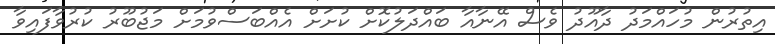
އިތުރުން މުހައްމަދު ދާއޫދު ވެސް އޭނާއާ ބައްދަލުކޮށް ކުށަށް އެއްބަސްވުމަށް މަޖުބޫރު ކުރުވާފައިވާ